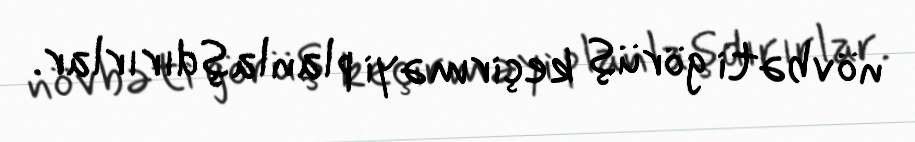
növbəti görüş keçirməyi planlaşdırırlar.